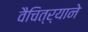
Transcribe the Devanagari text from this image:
वैचित्र्याने